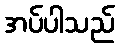
အပ်ပါသည်